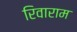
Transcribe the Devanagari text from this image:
रिवाराम